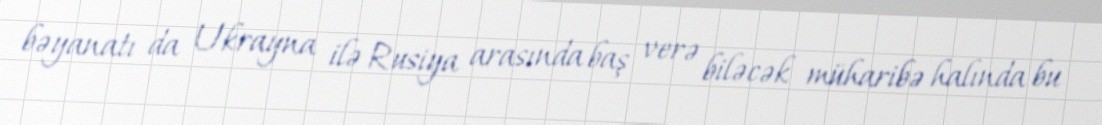
bəyanatı da Ukrayna ilə Rusiya arasında baş verə biləcək müharibə halında bu